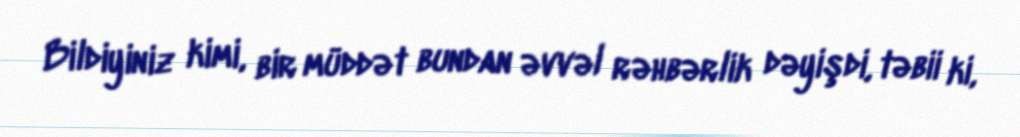
Bildiyiniz kimi, bir müddət bundan əvvəl rəhbərlik dəyişdi, təbii ki,